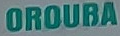
OROUBA